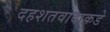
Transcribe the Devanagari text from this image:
दहशतवादाकडे